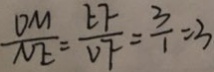
\frac { D M } { N E } = \frac { E F } { v F } = \frac { 3 } { 1 } = 3